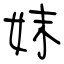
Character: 妺